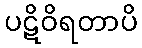
ပဋိဝိရတာပိ